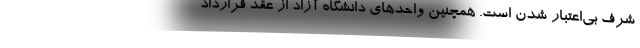
شرف بی‌اعتبار شدن است. همچنین واحدهای دانشگاه آزاد از عقد قرارداد